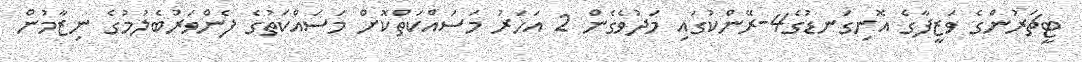
ޓީޗަރުންގެ ވަޒީފާގެ އޮނިގަނޑުގެ4-ރޭންކުގައި މަދުވެގެން 2 އަހަރު މަސައްކަތްކޮށް މަސައްކަތުގެ ފެންވަރުބެލުމުގެ ނިޒާމުން